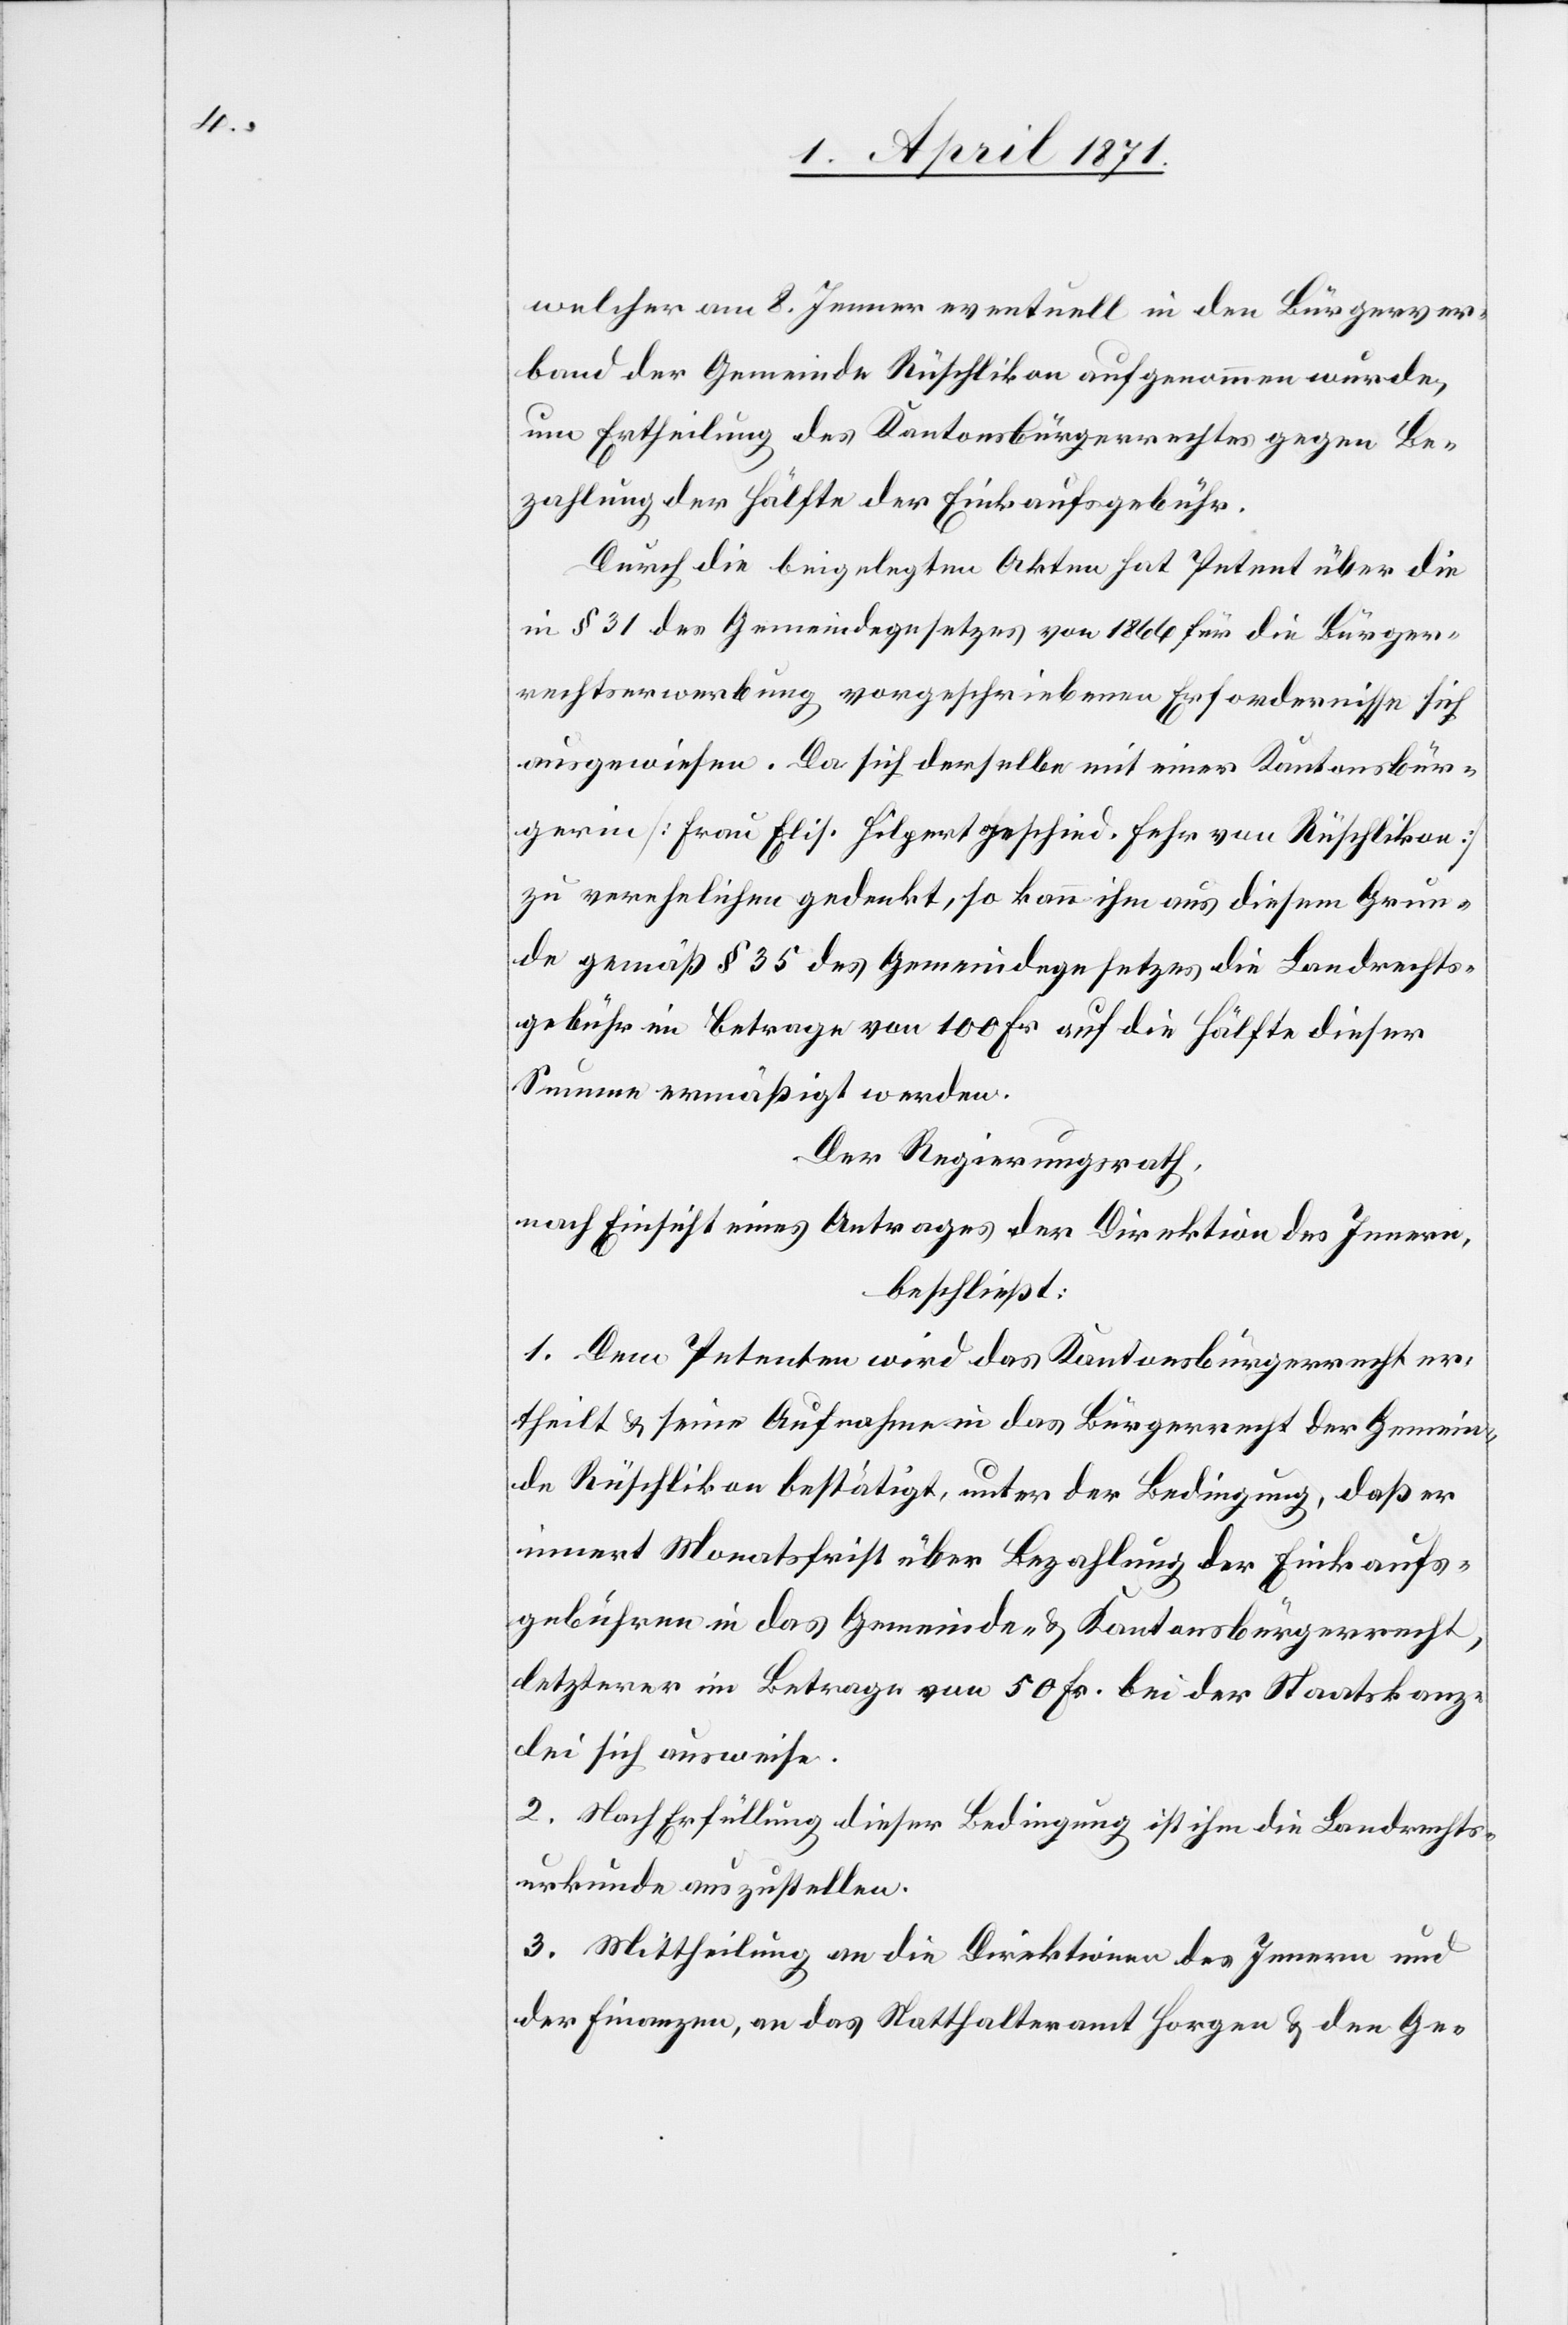
welcher am 8. Jenner eventuell in den Bürgerver¬
band der Gemeinde Rüschlikon aufgenommen wurde,
um Ertheilung des Kantonsbürgerrechtes gegen Be¬
zahlung der Hälfte der Einkaufsgebühr.
Durch die beigelegten Akten hat Petent über die
in § 31 des Gemeindegesetzes von 1866 für die Bürger¬
rechtserwerbung vorgeschriebenen Erfordernisse sich
ausgewiesen. Da sich derselbe mit einer Kantonsbür¬
gerin [Frau Elis. Hilpert geschied. Fehr von Rüschlikon]
zu verehelichen gedenkt, so kann ihm aus diesem Grun¬
de gemäß § 35 des Gemeindegesetzes die Landrechts¬
gebühr im Betrage von 100 Fr. auf die Hälfte dieser
Summe ermäßigt werden.
Der Regierungsrath,
nach Einsicht eines Antrages der Direktion des Innern,
beschließt:
1. Dem Petenten wird das Kantonsbürgerrecht er¬
theilt u. seine Aufnahme in das Bürgerrecht der Gemein¬
de Rüschlikon bestätigt, unter der Bedingung, daß er
innert Monatsfrist über Bezahlung der Einkauf¬
gebühren in das Gemeinde- u. Kantonsbürgerrecht,
letzterer im Betrage von 50 Fr. bei der Staatskanz¬
lei sich ausweise.
2. Nach Erfüllung dieser Bedingung ist ihm die Landrechts¬
urkunde auszustellen.
3. Mittheilung an die Direktion des Innern und
der Finanzen, an das Statthalteramt Horgen u. den Ge-